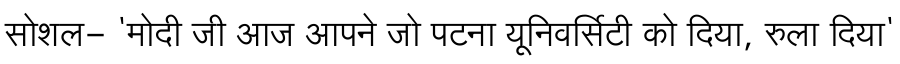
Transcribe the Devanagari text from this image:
सोशल- 'मोदी जी आज आपने जो पटना यूनिवर्सिटी को दिया, रुला दिया'